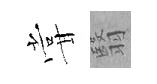
甞翳